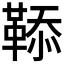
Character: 𩋅